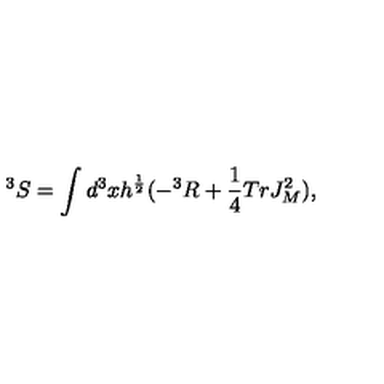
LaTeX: ^ 3 S = \int d ^ { 3 } x h ^ { \frac { 1 } { 2 } } ( - ^ { 3 } R + \frac { 1 } { 4 } T r J _ { M } ^ { 2 } ) ,